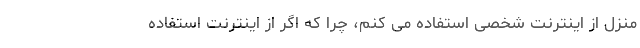
منزل از اینترنت شخصی استفاده می کنم، چرا که اگر از اینترنت استفاده